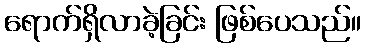
ရောက်ရှိလာခဲ့ခြင်း ဖြစ်ပေသည်။